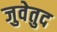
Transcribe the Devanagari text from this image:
जुवेतुद